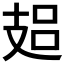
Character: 𢻋